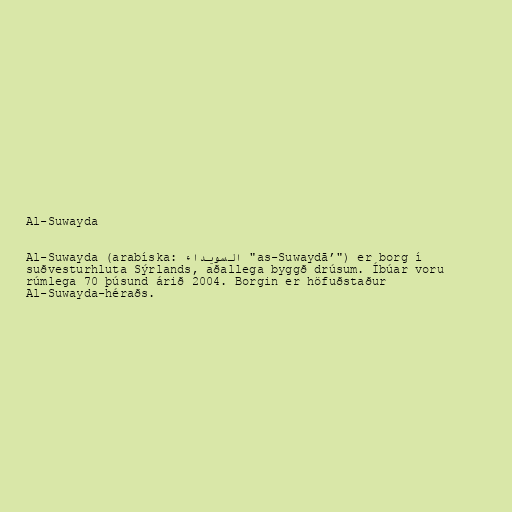
Al-Suwayda

Al-Suwayda (arabíska: السويداء‎ "as-Suwaydā’") er borg í
suðvesturhluta Sýrlands, aðallega byggð drúsum. Íbúar voru
rúmlega 70 þúsund árið 2004. Borgin er höfuðstaður
Al-Suwayda-héraðs.